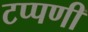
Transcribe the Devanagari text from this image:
टप्पणी